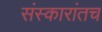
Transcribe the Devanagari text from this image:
संस्कारांतच